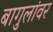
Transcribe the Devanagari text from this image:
बागुलांवर